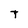
Character: T